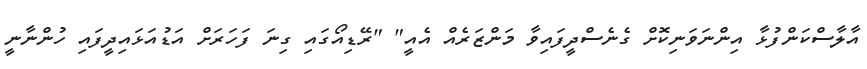
އާލާސްކަންފުޅާ އިންނަވަނިކޮށް ގެނެސްދީފައިވާ މަންޒަރެއް އެއީ" "ރޭޑިއޯގައި ގިނަ ފަހަރަށް އަޑުއަޅައިދީފައި ހުންނާނީ